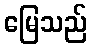
မြေသည်